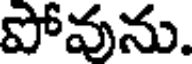
పోవును.